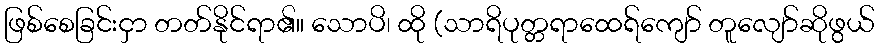
ဖြစ်စေခြင်းငှာ တတ်နိုင်ရာ၏။ သောပိ၊ ထို (သာရိပုတ္တရာထေရ်ကျော် တူလျော်ဆိုဖွယ်